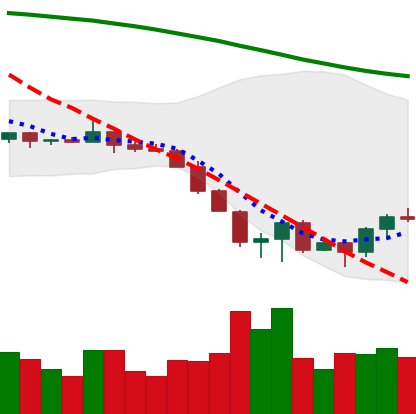
Ticker: ETC-USD
Chart end date: 2022-06-21
Forward return: 3.769%
Label: up_3_5